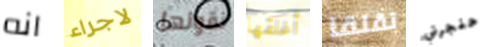
انه لاجراء نقولها أغلقها تقلقا حنجرتي